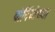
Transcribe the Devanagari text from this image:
बोर्नियोच्या